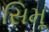
સિમૂ